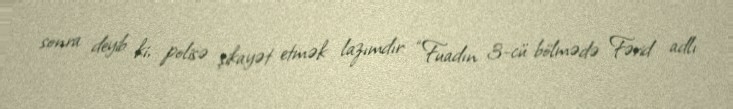
sonra deyib ki, polisə şikayət etmək lazımdır: “Fuadın 3-cü bölmədə Fərid adlı